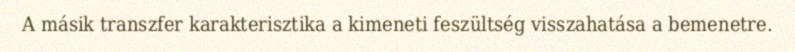
A másik transzfer karakterisztika a kimeneti feszültség visszahatása a bemenetre.